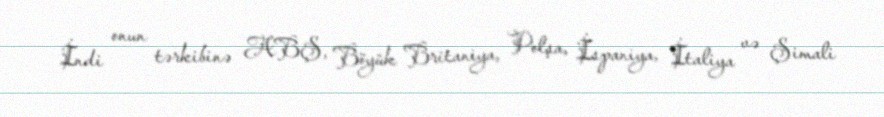
İndi onun tərkibinə ABŞ, Böyük Britaniya, Polşa, İspaniya, İtaliya və Şimali